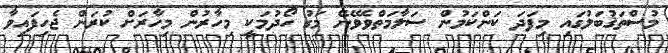
މުސްތަޤުބަލުގައި މިފަދަ ކަންކަމުން ސަލާމަތްވެވޭނޭ މަގު ހޯދުމަކީ މިހާރުން މިހާރަށް ކުރަން ޖެހިފައިވާ